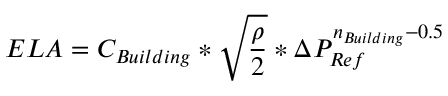
E L A = C _ { B u i l d i n g } * { \sqrt { \frac { \rho } { 2 } } } * { \Delta } P _ { R e f } ^ { n _ { B u i l d i n g } - 0 . 5 } \,